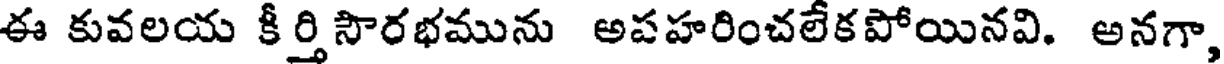
ఈ కువలయ కీర్తి సౌరభమును అపహరించలేకపోయినవి. అనగా,